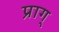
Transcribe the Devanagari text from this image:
प्राग्‌